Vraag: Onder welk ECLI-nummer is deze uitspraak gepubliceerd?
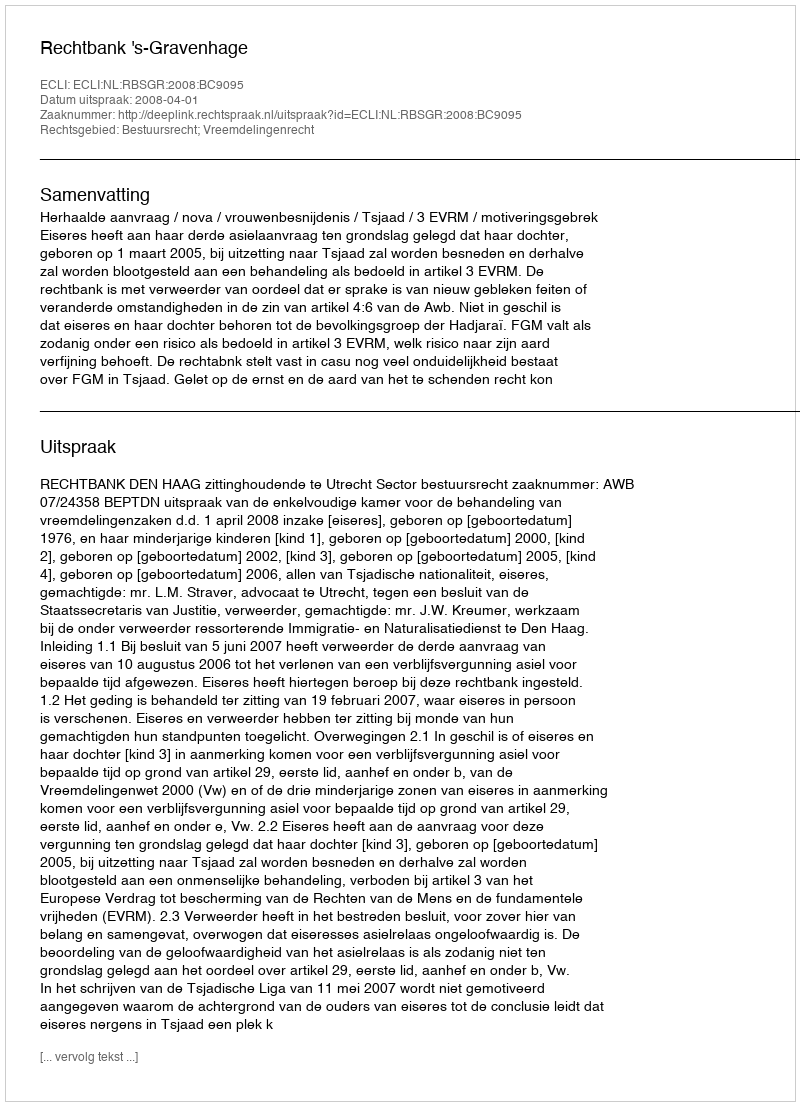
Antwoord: ECLI:NL:RBSGR:2008:BC9095